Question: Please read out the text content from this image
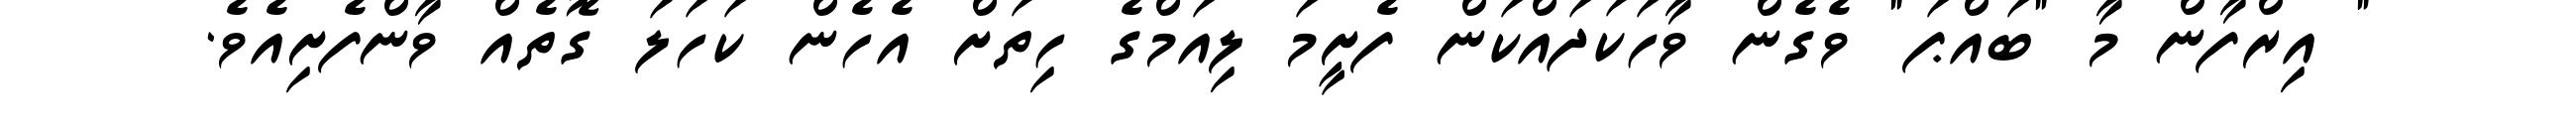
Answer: " އިރްފާން މާ "ބައްޕަ" ވެގެން ވާހަކަދައްކަން ފެށީމަ ލިއަމްގެ ހިތަށް އެހެން ކަހަލަ ގޮތެއް ވާންފެށިއެވެ.